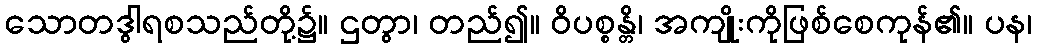
သောတဒွါရစသည်တို့၌။ ဌတွာ၊ တည်၍။ ဝိပစ္စန္တိ၊ အကျိုးကိုဖြစ်စေကုန်၏။ ပန၊